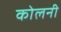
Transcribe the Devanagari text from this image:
कोलनी